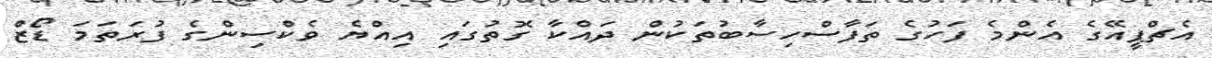
އެޗްޕީއޭގެ އެންމެ ފަހުގެ ތަފާސްހިސާބުތަކުން ދައްކާ ގޮތުގައި އިއްޔެ ވެކްސިންގެ ފުރަތަމަ ޑޯޒް